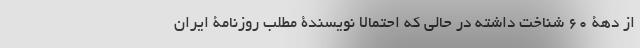
از دهۀ 60 شناخت داشته در حالی که احتمالا نویسندۀ مطلب روزنامۀ ایران